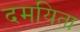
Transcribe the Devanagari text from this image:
दमयिता